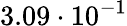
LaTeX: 3.09\cdot 10^{-1}